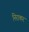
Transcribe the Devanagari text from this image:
निराकर